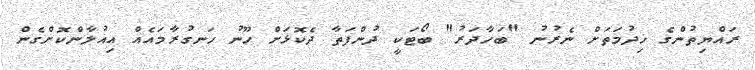
ރައްޔިތުންގެ ޚިދުމަތަށް ނެރުނު "ބަހާދަރު" ބޯޓަކީ ދުންފަތާ ދެކޮޅަށް ހޫނު ހަނގުރާމައެއް އިއުލާންކޮށްގެން